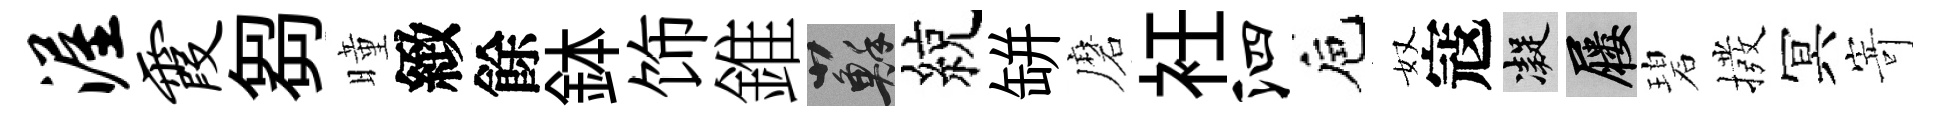
渥霞芻曈緻餘鉢饰錐蘇綂缾磨衽泗巵奴寇凝屨碧撥冥𭔃